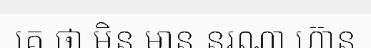
គេ ថា មិន មាន នរណា ហ៊ាន